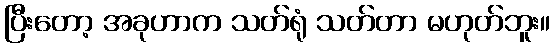
ပြီးတော့ အခုဟာက သတ်ရုံ သတ်တာ မဟုတ်ဘူး။